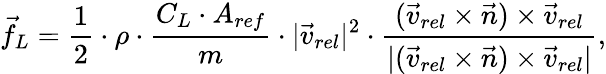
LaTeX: \vec{f}_{L}=\frac{1}{2}\cdot\rho\cdot\frac{C_{L}\cdot A_{ref}}{m}\cdot|\vec{v}_{rel}|^{2}\cdot\frac{(\vec{v}_{rel}\times\vec{n})\times\vec{v}_{rel}}{|(\vec{v}_{rel}\times\vec{n})\times\vec{v}_{rel}|},